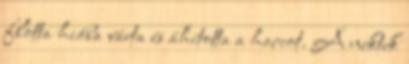
flotta hiába várta és áhította a harcot. A nektek